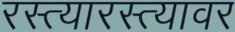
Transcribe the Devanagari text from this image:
रस्त्यारस्त्यावर